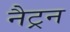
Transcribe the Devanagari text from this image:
नैट्रन